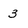
Character: 3